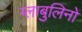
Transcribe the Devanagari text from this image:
ग्लाबुलिनों